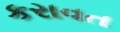
કરાવત